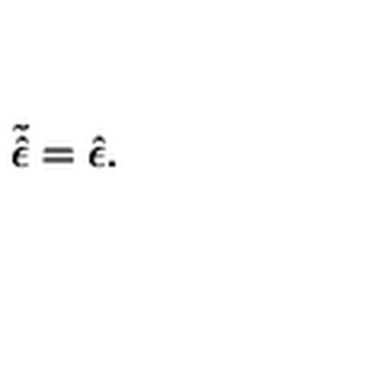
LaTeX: \tilde { \hat { \epsilon } } = \hat { \epsilon } .